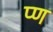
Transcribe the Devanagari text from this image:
प्ण